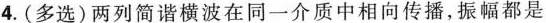
4.(多选)两列简谐横波在同一介质中相向传播，振幅都是